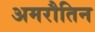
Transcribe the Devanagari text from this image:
अमरौतिन